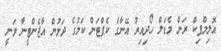
އޮލިމްޕިކް ރަން މެޑަލް ހޯދިއިރު އޭނާގެ ކެޕްޓަން ކަމުގެ ދަށުން އާޖެންޓީނާ ވަނީ